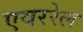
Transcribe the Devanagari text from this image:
एयररेल